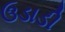
ઉડાડી